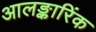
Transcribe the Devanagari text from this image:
आलङ्कारिंक